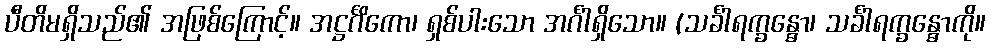
ပီတိမရှိသည်၏ အဖြစ်ကြောင့်။ အဋ္ဌင်္ဂိကော၊ ရှစ်ပါးသော အင်္ဂါရှိသော။ (သင်္ခါရက္ခန္ဓော၊ သင်္ခါရက္ခန္ဓောကို။